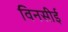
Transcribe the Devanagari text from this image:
विनसीई